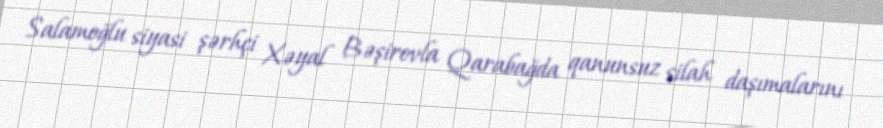
Salamoğlu siyasi şərhçi Xəyal Bəşirovla Qarabağda qanunsuz silah daşımalarını